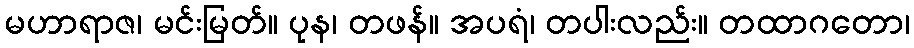
မဟာရာဇ၊ မင်းမြတ်။ ပုန၊ တဖန်။ အပရံ၊ တပါးလည်း။ တထာဂတော၊